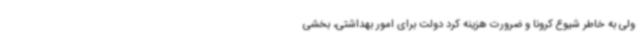
ولی به خاطر شیوع کرونا و ضرورت هزینه کرد دولت برای امور بهداشتی، بخشی